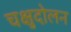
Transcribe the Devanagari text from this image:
चक्षुदोलन